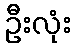
ဦးလုံး